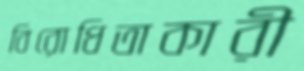
বিরোধিতাকারী